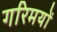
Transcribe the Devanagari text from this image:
गरिमयों